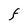
Character: F